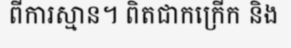
ពីការស្មាន។ ពិតជាកក្រើក និង